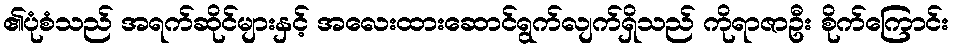
၏ပုံစံသည် အရက်ဆိုင်များနှင့် အလေးထားဆောင်ရွက်လျက်ရှိသည် ကိုရာဇာဦး စိုက်ကြောင်း